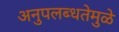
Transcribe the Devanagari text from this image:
अनुपलब्धतेमुळे